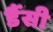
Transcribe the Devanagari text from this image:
डैंसी